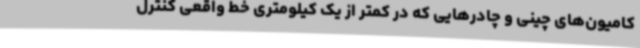
کامیون‌های چینی و چادرهایی که در کمتر از یک کیلومتری خط واقعی کنترل